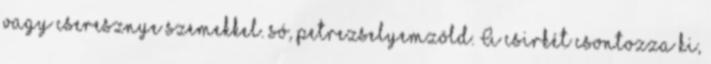
vagy cseresznye szemekkel. só, petrezselyemzöld. A csirkét csontozza ki,